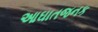
આઘાતજનક